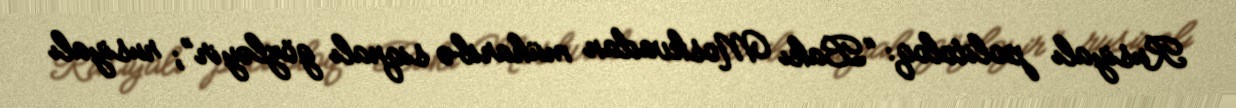
Rusiyalı politoloq: “Bakı Moskvadan müharibə siqnalı gözləyir”; rusiyalı